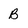
Character: B